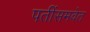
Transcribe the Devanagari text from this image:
पतींसमवेत